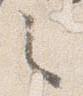
之